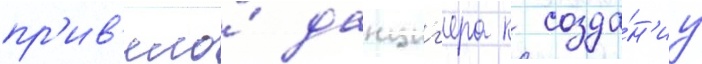
пр'ив'ело́ данциг'ера к созда́н'иу